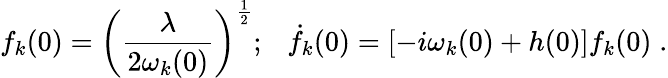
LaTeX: f_{k}(0)=\left(\frac{\lambda}{2\omega_{k}(0)}\right)^{\frac{1}{2}};{}~~~{\dot{f}}_{k}(0)=\left[-i\omega_{k}(0)+h(0)\right]f_{k}(0)\; .